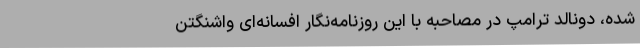
شده، دونالد ترامپ در مصاحبه با این روزنامه‌نگار افسانه‌ای واشنگتن